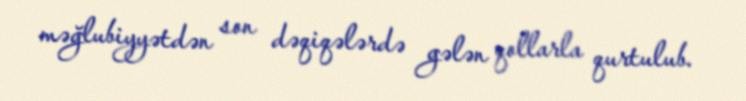
məğlubiyyətdən son dəqiqələrdə gələn qollarla qurtulub.